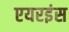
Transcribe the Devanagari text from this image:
एयरइंस